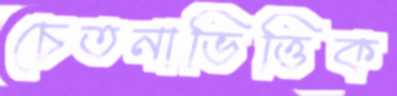
চেতনাভিত্তিক